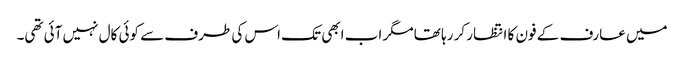
میں عارف کے فون کا انتظار کر رہا تھا مگر اب ابھی تک اس کی طرف سے کوئی کال نہیں آئی تھی۔